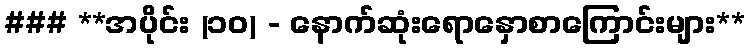
### **အပိုင်း (၁၀) - နောက်ဆုံးရောနှောစာကြောင်းများ**